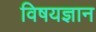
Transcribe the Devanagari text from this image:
विषयज्ञान